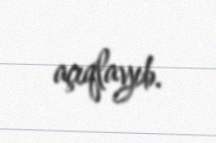
açıqlayıb.